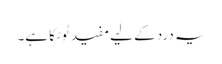
یہ درد کے لیے مفید ٹوٹکا ہے۔